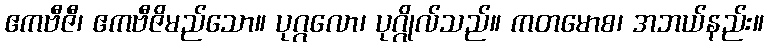
ဧကဗီဇီ၊ ဧကဗီဇိမည်သော။ ပုဂ္ဂလော၊ ပုဂ္ဂိုလ်သည်။ ကတမောစ၊ အဘယ်နည်း။